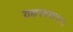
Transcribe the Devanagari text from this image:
यक्षस्वरूपाय